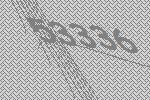
53336